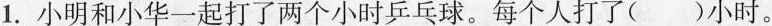
1.小明和小华一起打了两个小时乒乓球。每个人打了()小时。